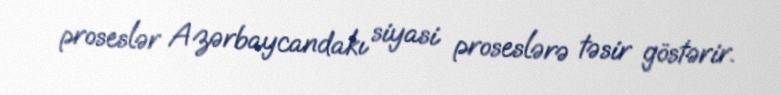
proseslər Azərbaycandakı siyasi proseslərə təsir göstərir.